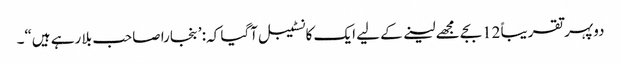
دوپہر تقریباً 12بجے مجھے لینے کے لیے ایک کانسٹیبل آگیا کہ: ’بنجارا صاحب بلا رہے ہیں“۔